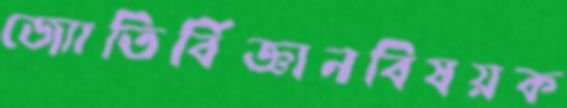
জ্যোতির্বিজ্ঞানবিষয়ক